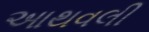
આથવલી